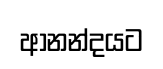
ආනන්දයට